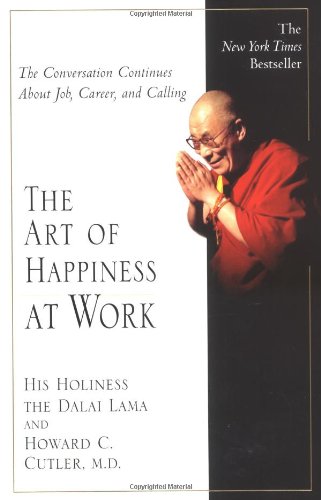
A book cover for The Art of Happiness at Work; Dalai Lama; Religion & Spirituality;